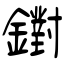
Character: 鑆